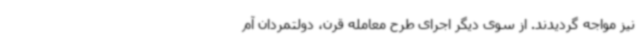
نیز مواجه گردیدند. از سوی دیگر اجرای طرح معامله قرن، دولتمردان آم